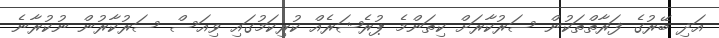
އަދި ބޭރުގެ ފަރާތްތަކުން ސަރުކާރަށް ކިތަންމެ ޕުރެޝަރެއް ކުރިކަމުގައި ވިއަސް ސަރުކާރުން ނުކުރާނެ